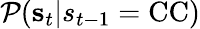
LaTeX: \mathcal{P}(\mathbf{{s}}_{t}|s_{t-1}=\mathrm{{CC}})